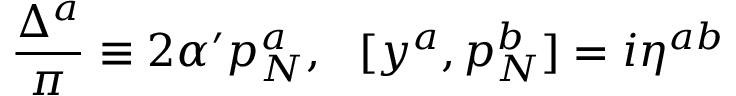
\frac { \Delta ^ { a } } { \pi } \equiv 2 \alpha ^ { \prime } p _ { N } ^ { a } , \: \: \: [ y ^ { a } , p _ { N } ^ { b } ] = i \eta ^ { a b }